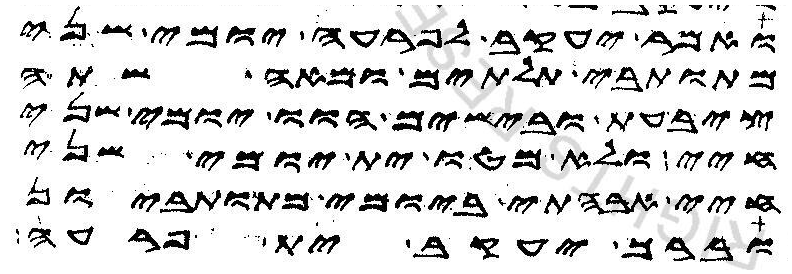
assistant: ואמר יעקב לפרעה יומי שני
מתותבי תלתים ומאה שתה
ציבעת ובישים הוו יומי שני
חיי ולא מטו ית יומי שני
חיי אבהתי ביומי מתותביון
וברך יעקב ית פרעה